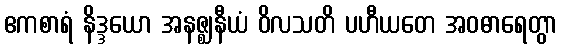
ဧကစာရံ နိဒ္ဒယော အနဇ္ဈနီယံ ဝိလသတိ ပဟီယတေ အဝဓာရေတွာ